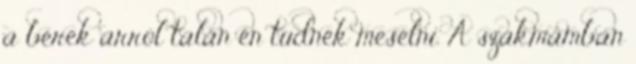
a bérek arról talán én tudnék mesélni. A szakmámban